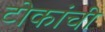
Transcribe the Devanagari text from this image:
टोकांची